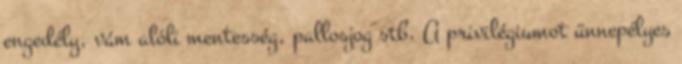
engedély, vám alóli mentesség, pallosjog stb. A privilégiumot ünnepélyes